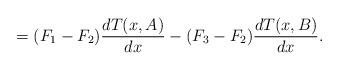
LaTeX: \begin{align*}=(F_{1}-F_{2})\frac{dT(x,A)}{dx}-(F_{3}-F_{2})\frac{dT(x,B)}{dx}.\end{align*}